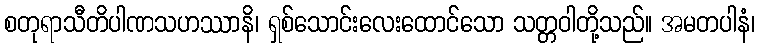
စတုရာသီတိပါဏသဟဿာနိ၊ ရှစ်သောင်းလေးထောင်သော သတ္တဝါတို့သည်။ အမတပါနံ၊